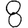
Digit: 8